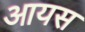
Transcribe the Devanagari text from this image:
आयस